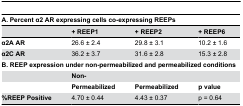
| <COLSPAN=4> A. Percent α2 AR expressing cells co-expressing REEPs |
 |  | + REEP1 | + REEP2 | + REEP6 |
 | --- | --- | --- | --- |
 | α2A AR | 26.6 ± 2.4 | 29.8 ± 3.1 | 10.2 ± 1.6 |
 | α2C AR | 36.2 ± 3.7 | 31.6 ± 2.8 | 15.3 ± 2.8 |
 | <COLSPAN=4> B. REEP expression under non-permeabilized and permeabilized conditions |
 |  | Non- |
 |  | Permeabilized | Permeabilized | p value |
 | %REEP Positive | 4.70 ± 0.44 | 4.43 ± 0.37 | p = 0.64 |